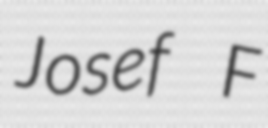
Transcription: Josef F